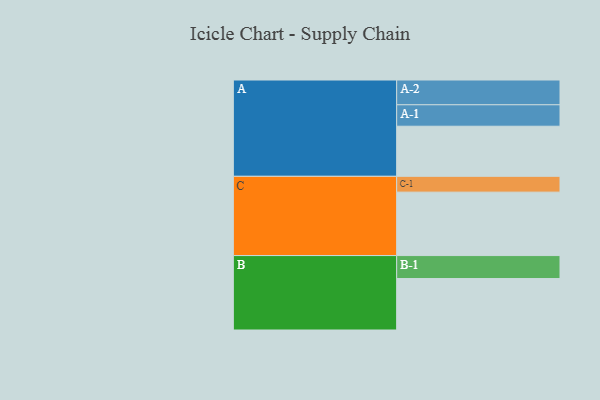
{"axis": {"x": "Segment", "y": "Value"}, "legend": ["", "A", "B", "C"], "data": [{"x": "A", "y": 364, "type": ""}, {"x": "B", "y": 374, "type": ""}, {"x": "C", "y": 461, "type": ""}, {"x": "A-1", "y": 156, "type": "A"}, {"x": "A-2", "y": 180, "type": "A"}, {"x": "B-1", "y": 167, "type": "B"}, {"x": "C-1", "y": 115, "type": "C"}]}